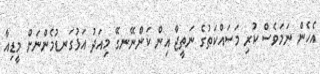
އެހެން ނަމަވެސް ކުރި މަސައްކަތުގެ ނަތީޖާ އިން ކަންނޭނގޭ މިއަދު އަޅުގަނޑުމެންނަށް މީޑިއާ